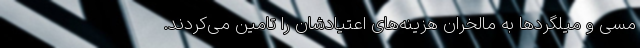
مسی و میلگرد‌ها به مالخران هزینه‌های اعتیادشان را تامین می‌کردند.